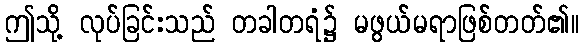
ဤသို့ လုပ်ခြင်းသည် တခါတရံ၌ မဖွယ်မရာဖြစ်တတ်၏။